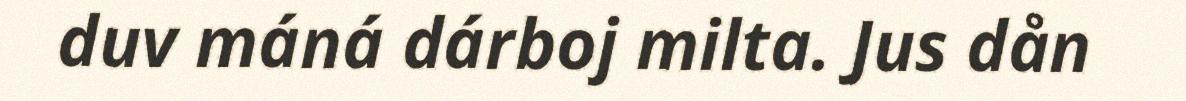
duv máná dárboj milta. Jus dån